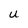
Character: u